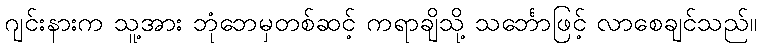
ဂျင်းနားက သူ့အား ဘုံဘေမှတစ်ဆင့် ကရာချိသို့ သင်္ဘောဖြင့် လာစေချင်သည်။